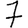
Digit: 7